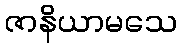
ဇာနိယာမသေ